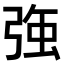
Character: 𭚸